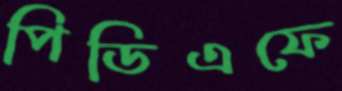
পিডিএফে